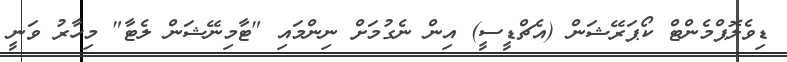
ޑިވެލޮޕްމެންޓް ކޯޕަރޭޝަން (އެޗްޑީސީ) އިން ނެގުމަށް ނިންމައި "ޓާމިނޭޝަން ލެޓާ" މިހާރު ވަނީ